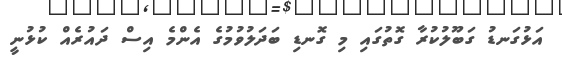
އަޅުގަނޑު ގަބޫލުކުރާ ގޮތުގައި މި ގޮނޑި ބަދަލުވުމުގެ އެންމެ އިސް ދައުރެއް ކުޅުނީ